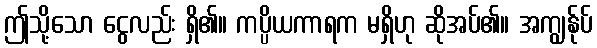
ဤသို့သော ငွေလည်း ရှိ၏။ ကပ္ပိယကာရက မရှိဟု ဆိုအပ်၏။ အကျွန်ုပ်